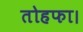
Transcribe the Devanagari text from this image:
तोहफा।